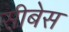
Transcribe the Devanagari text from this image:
सीबेस